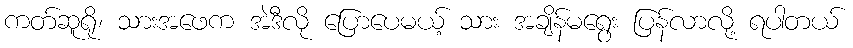
ကတ်ဆူရို၊ သားအဖေက အဲဒီလို ပြောပေမယ့် သား အချိန်မရွေး ပြန်လာလို့ ရပါတယ်